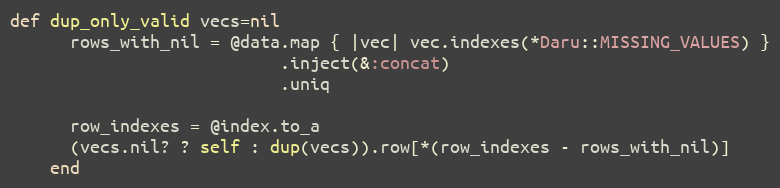
Language: Ruby
def dup_only_valid vecs=nil
      rows_with_nil = @data.map { |vec| vec.indexes(*Daru::MISSING_VALUES) }
                           .inject(&:concat)
                           .uniq

      row_indexes = @index.to_a
      (vecs.nil? ? self : dup(vecs)).row[*(row_indexes - rows_with_nil)]
    end